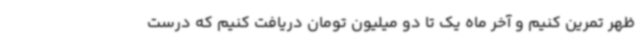
ظهر تمرین کنیم و آخر ماه یک تا دو میلیون تومان دریافت کنیم که درست